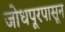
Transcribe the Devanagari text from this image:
जोधपूरपासून